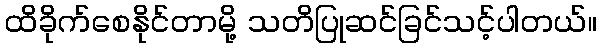
ထိခိုက်စေနိုင်တာမို့ သတိပြုဆင်ခြင်သင့်ပါတယ်။